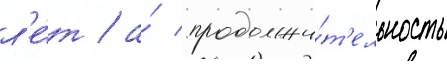
л'е́т / а́ продолжи́т'ельность